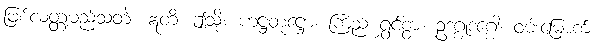
ဖြစ်လတ္တံ့မည်သတဲ့။ ဣတိ၊ ဤသို့။ ဟဋ္ဌတုဋ္ဌော၊ ကြည် ရွှင်စွာ။ ဥဒဂ္ဂုဒဂ္ဂေါ၊ ဝမ်းမြောက်